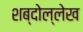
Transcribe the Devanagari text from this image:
शब्दोल्लेख